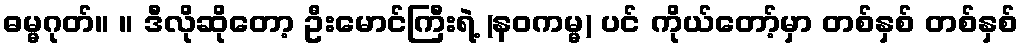
ဓမ္မဂုတ်။ ။ ဒီလိုဆိုတော့ ဦးမောင်ကြီးရဲ့ (နဝကမ္မ) ပင် ကိုယ်တော့်မှာ တစ်နှစ် တစ်နှစ်